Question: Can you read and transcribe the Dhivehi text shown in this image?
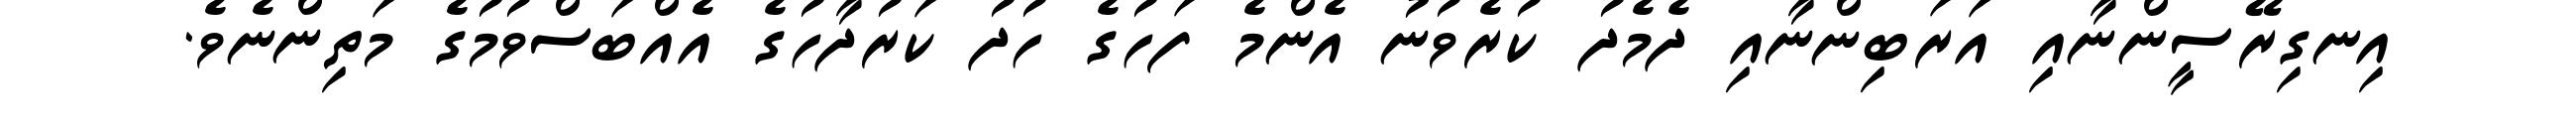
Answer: އިނގިރޭސީންނާއި އަރަބިންނާއި ދެމެދު ކުރެވުނު އެންމެ ފަހުގެ ހުދު ކަރުދާހުގެ އެއްބަސްވުމުގެ މަތިންނެވެ.